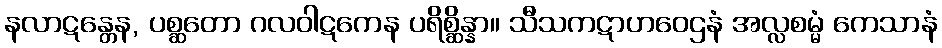
နလာဋန္တေန, ပစ္ဆတော ဂလဝါဋကေန ပရိစ္ဆိန္နာ။ သီသကဋာဟဝေဌနံ အလ္လစမ္မံ ကေသာနံ